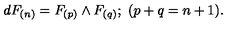
d F _ { ( n ) } = F _ { ( p ) } \wedge F _ { ( q ) } ; \ ( p + q = n + 1 ) .